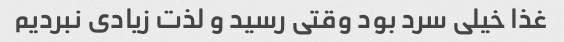
غذا خیلی سرد بود وقتی رسید و لذت زیادی نبردیم